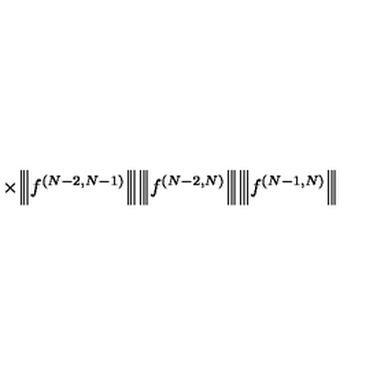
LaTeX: \times \Big | \! \Big | \! \Big | f ^ { ( N - 2 , N - 1 ) } \Big | \! \Big | \! \Big | \Big | \! \Big | \! \Big | f ^ { ( N - 2 , N ) } \Big | \! \Big | \! \Big | \Big | \! \Big | \! \Big | f ^ { ( N - 1 , N ) } \Big | \! \Big | \! \Big |